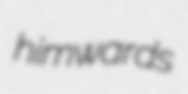
himwards